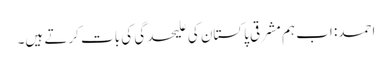
احمد: اب ہم مشرقی پاکستان کی علیحدگی کی بات کرتے ہیں۔